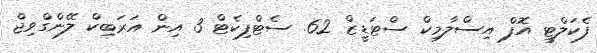
ފެކަލްޓީ އޮފް އިސްލާމިކް ސްޓަޑީޒް 62. ސެޓްފިކެޓް 3 އިން އަރަބިކް ލޭންގްވިޖް